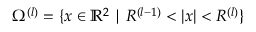
\Omega ^ { ( l ) } = \{ x \in \mathbb { R } ^ { 2 } \mid R ^ { ( l - 1 ) } < | x | < R ^ { ( l ) } \}